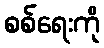
စစ်ရေးကို